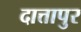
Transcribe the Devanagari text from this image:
दात्तापुर